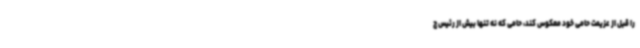
را قبل از عزیمت حامی خود معکوس کند، حامی که نه تنها بیش از رئیس ج